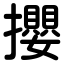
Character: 攖